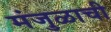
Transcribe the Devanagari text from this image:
मंजुळाची